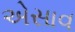
એસાવ